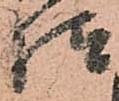
様